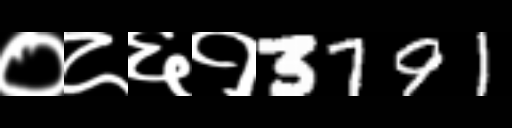
Text: ०८६१3791